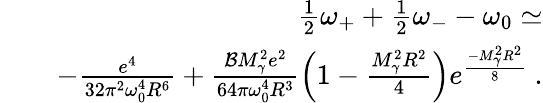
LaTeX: \begin{array}{rlr}&{}&{\frac{1}{2}\omega_{+}+\frac{1}{2}\omega_{-}-\omega_{0}\simeq}\\ &{}&{-\frac{e^{4}}{32\pi^{2}\omega_{0}^{4}R^{6}}+\frac{\mathcal{B}M_{\gamma}^{2}e^{2}}{64\pi\omega_{0}^{4}R^{3}}\left(1-\frac{M_{\gamma}^{2}R^{2}}{4}\right)e^{\frac{-M_{\gamma}^{2}R^{2}}{8}}\ .}\end{array}